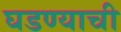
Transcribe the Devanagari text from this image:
घडण्याची